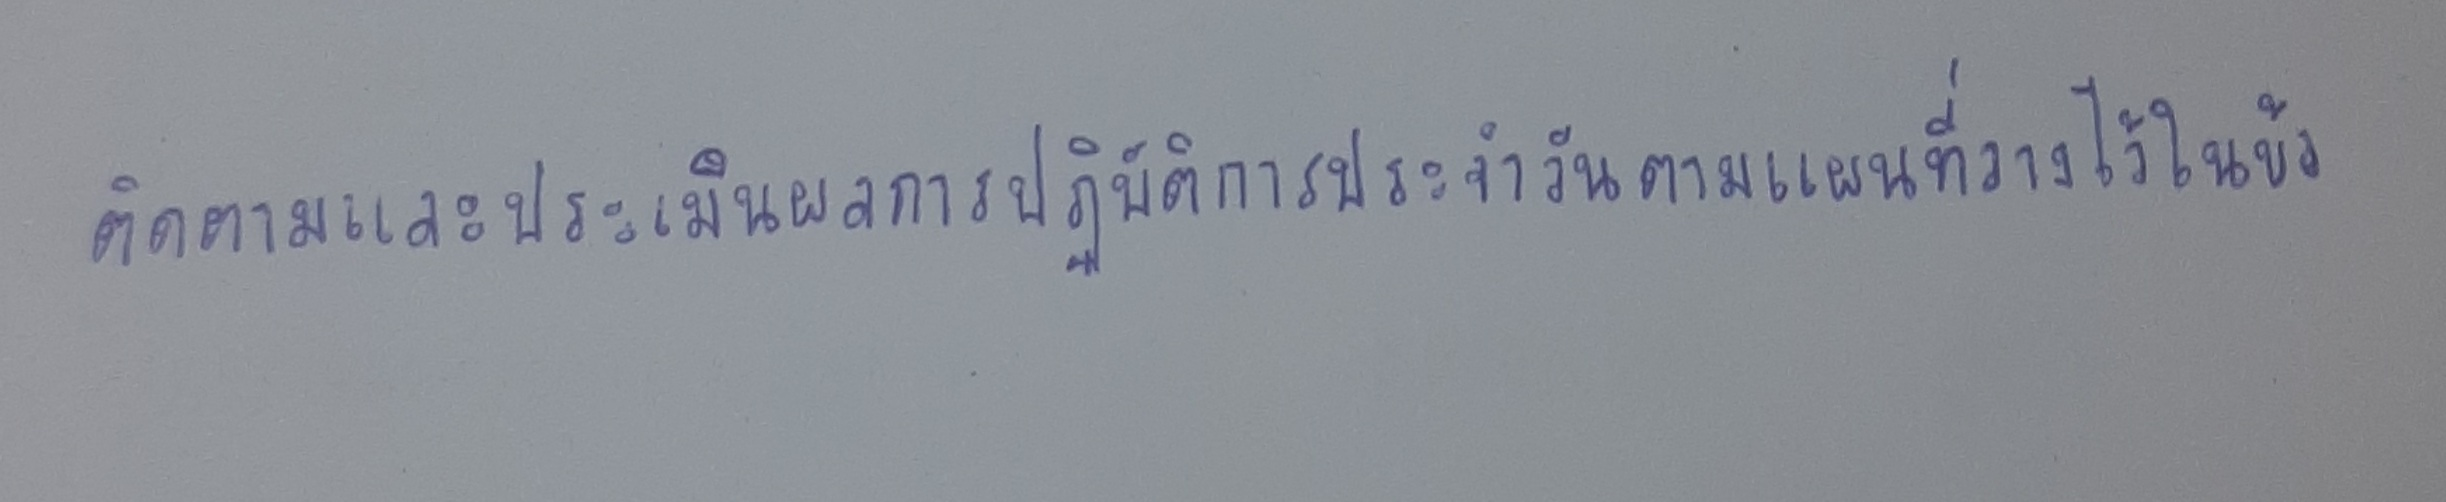
ติดตามและประเมินผลการปฏิบัติการประจำวันตามแผนที่วางไว้ในข้อ